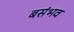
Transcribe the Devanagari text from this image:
बसंभव